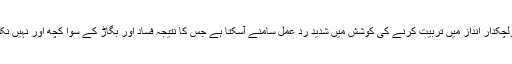
لہٰذاغیرلچکدار انداز میں تربیّت کرنے کی کوشش میں شدید ردّ عمل سامنے آسکتا ہے جس کا نتیجہ فساد اور بگاڑ کے سوا کچھ اور نہیں نکلے گا۔